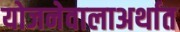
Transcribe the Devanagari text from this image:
योजनेवालाअर्थात